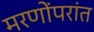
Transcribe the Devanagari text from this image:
मरणोंपरांत